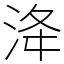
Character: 洚